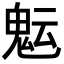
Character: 𩲑